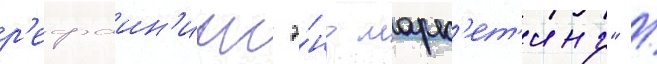
р'ефаин'инг э́нд марк'ет'инг" /